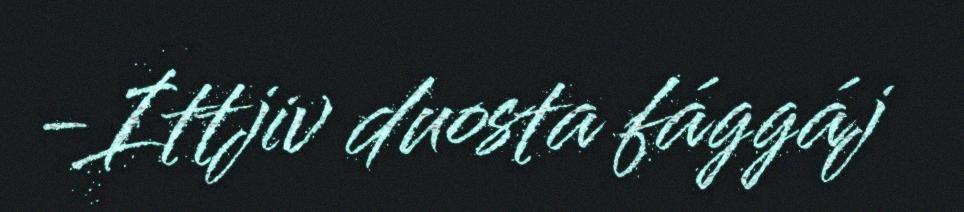
-Ittjiv duosta fággáj